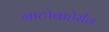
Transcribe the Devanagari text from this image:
नाटोबाहेरील